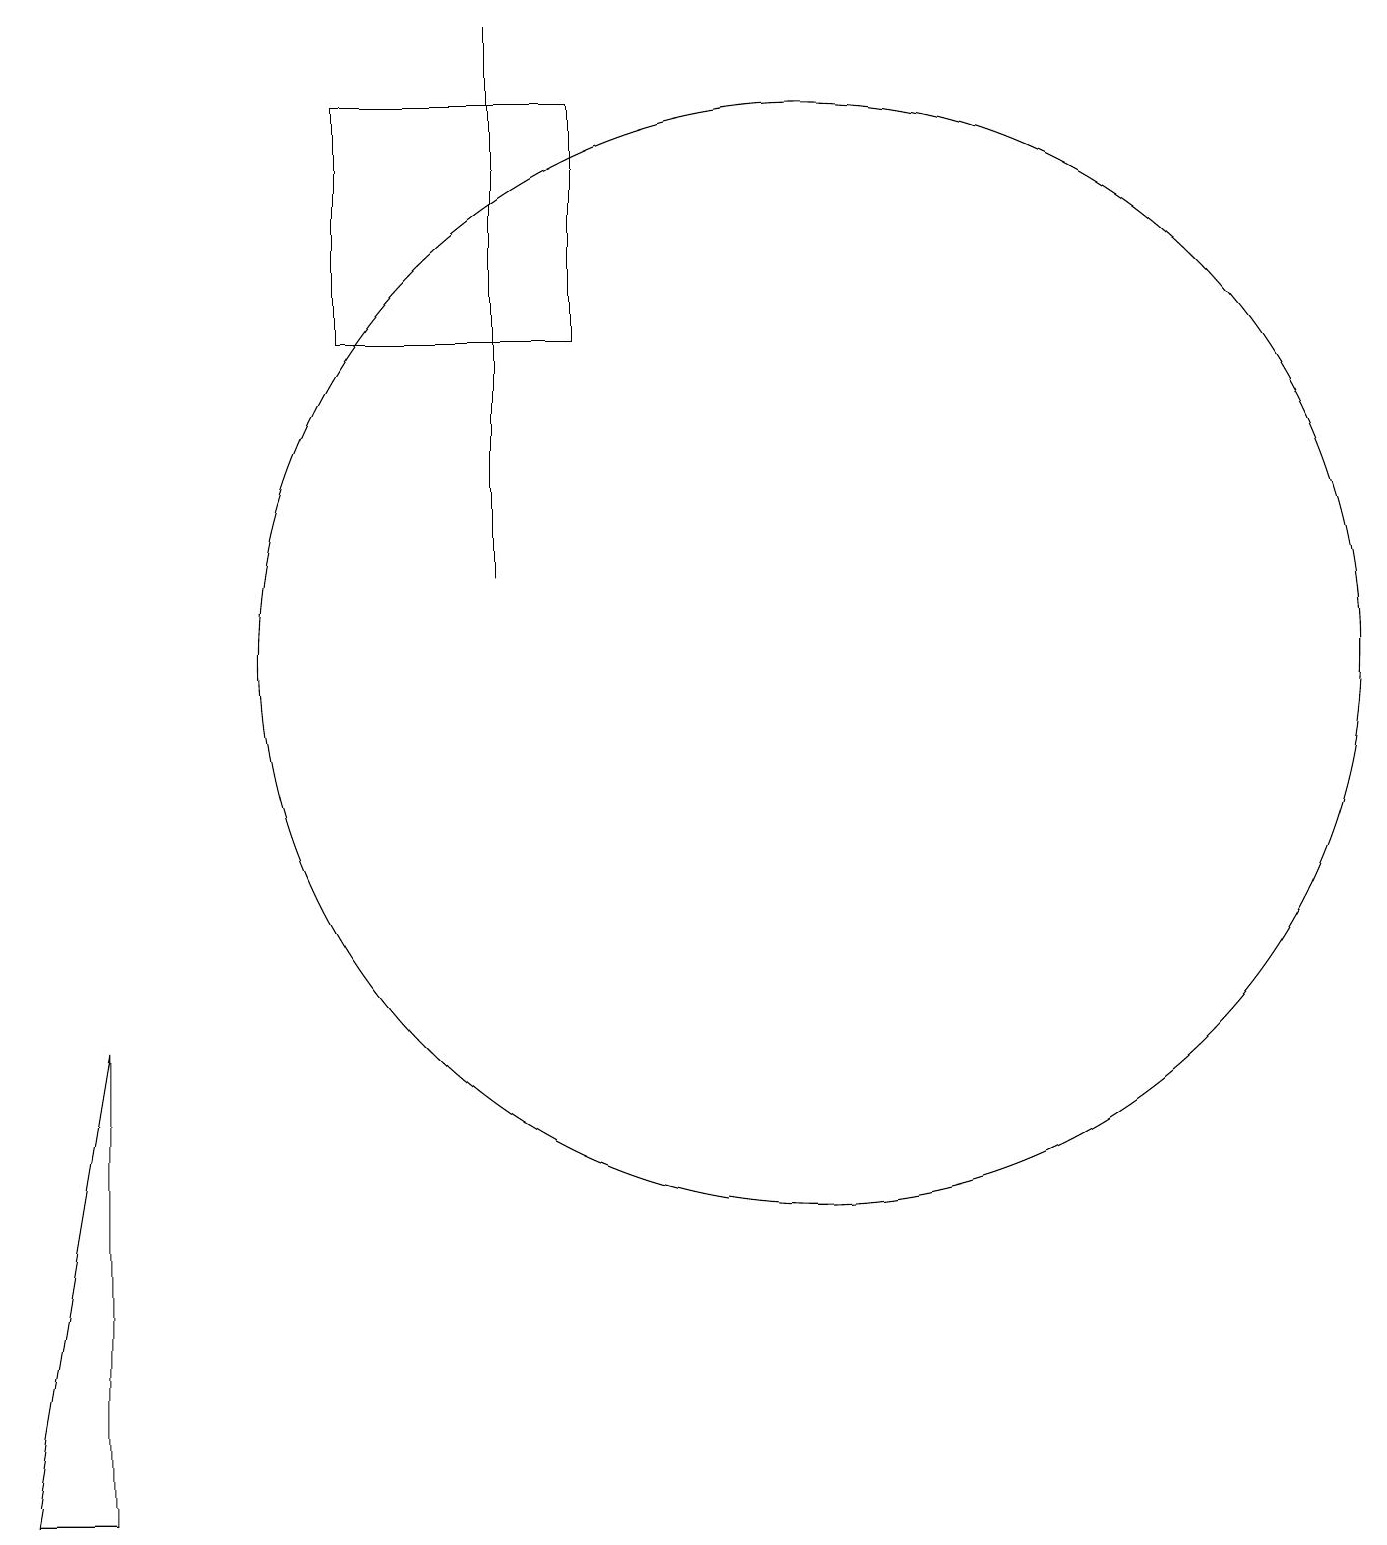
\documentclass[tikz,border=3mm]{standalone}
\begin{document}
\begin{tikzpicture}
\draw (11,11) circle (7);
\draw (7,12) rectangle (7,19);
\draw (2,0) -- (1,0) -- (2,6) -- cycle;
\draw (5,18) rectangle (8,15);
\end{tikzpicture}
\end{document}